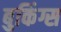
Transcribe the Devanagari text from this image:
बुकिंग्स